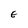
Character: E